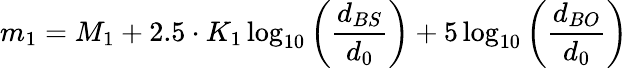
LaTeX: m_{1}=M_{1}+2.5\cdot K_{1}\log_{10}{\left({\frac{d_{BS}}{d_{0}}}\right)}+5\log_{10}{\left({\frac{d_{BO}}{d_{0}}}\right)}